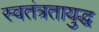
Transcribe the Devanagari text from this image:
स्वतंत्रतायुद्ध